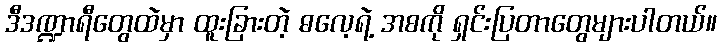
ဒီဒဏ္ဍာရီတွေထဲမှာ ထူးခြားတဲ့ ဓလေ့ရဲ့ အစကို ရှင်းပြတာတွေများပါတယ်။